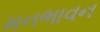
મનભાવન